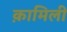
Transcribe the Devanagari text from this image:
क़ामिली